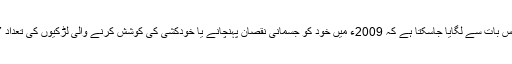
اس کا اندزہ اس بات سے لگایا جاسکتا ہے کہ 2009ء میں خود کو جسمانی نقصان پہنچانے یا خودکشی کی کوشش کرنے والی لڑکیوں کی تعداد 7,327 تھی۔